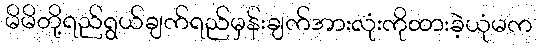
မိမိတို့ရည်ရွယ်ချက်ရည်မှန်းချက်အားလုံးကိုထားခဲ့ယုံမက